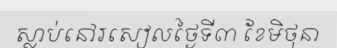
ស្លាប់នៅរសៀលថ្ងៃទី៣ ខែមិថុនា